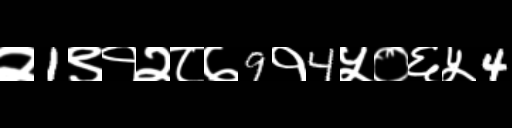
Text: २1९१२८७9१4५०६५4